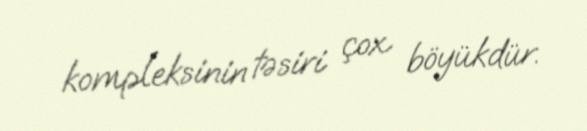
kompleksinin təsiri çox böyükdür.